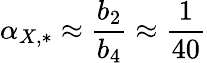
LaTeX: \alpha_{X,*}\approx\frac{b_{2}}{b_{4}}\approx\frac{1}{40}